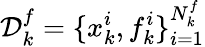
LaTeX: \mathcal{D}_{k}^{f}=\{ x_{k}^{i},f_{k}^{i}\} _{i=1}^{N_{k}^{f}}